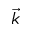
\vec { k }